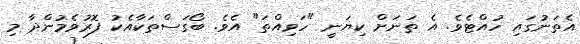
އެތަނުގައި ހުއްޓެވެ. އެ ތަނަށް ކިޔަނީ "ހަވިއްތަ" އެވެ. ބޯގަސްތަކާއެކު ފޮރުވެމުންދާ މި